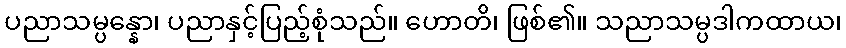
ပညာသမ္ပန္နော၊ ပညာနှင့်ပြည့်စုံသည်။ ဟောတိ၊ ဖြစ်၏။ သညာသမ္ပဒါကထာယ၊